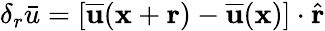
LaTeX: \delta_{r}\bar{u}=[\overline{{\mathbf{u}}}(\mathbf{x}+\mathbf{r})-\overline{{\mathbf{u}}}(\mathbf{x})]\cdot\hat{\mathbf{r}}